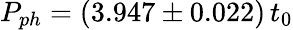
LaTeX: P_{ph}=(3.947\pm 0.022)\, t_{0}